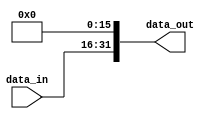
module shift_left_16_lui(
    input wire [15:0] data_in,
    output wire [31:0] data_out
);

assign data_out = {data_in, {16{1'b0}}};

endmodule